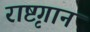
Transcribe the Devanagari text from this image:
राष्टृगान